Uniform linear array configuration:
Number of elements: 16
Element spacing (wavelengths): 0.25
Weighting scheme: hamming
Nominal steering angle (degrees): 0
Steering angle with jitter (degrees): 0.3661
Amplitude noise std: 0.05
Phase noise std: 0.05

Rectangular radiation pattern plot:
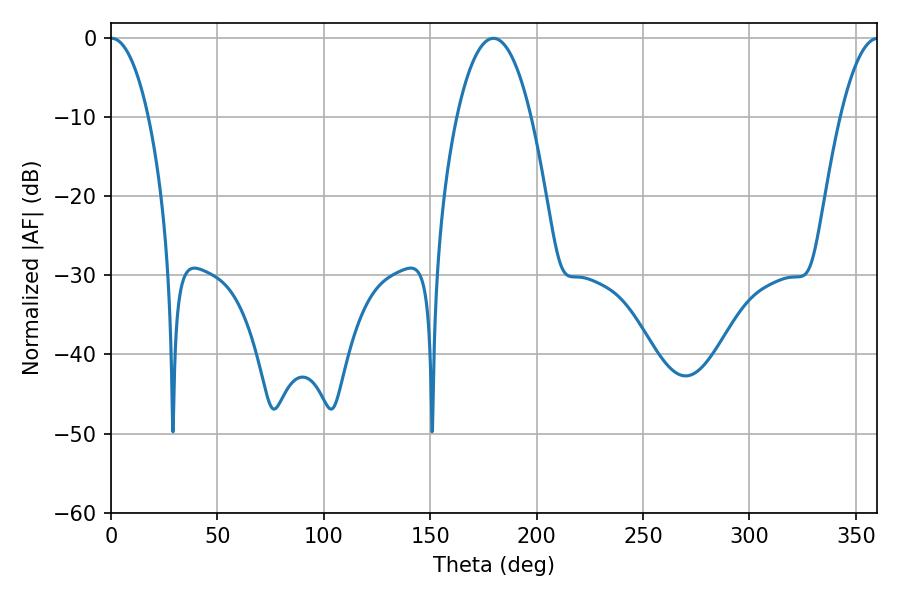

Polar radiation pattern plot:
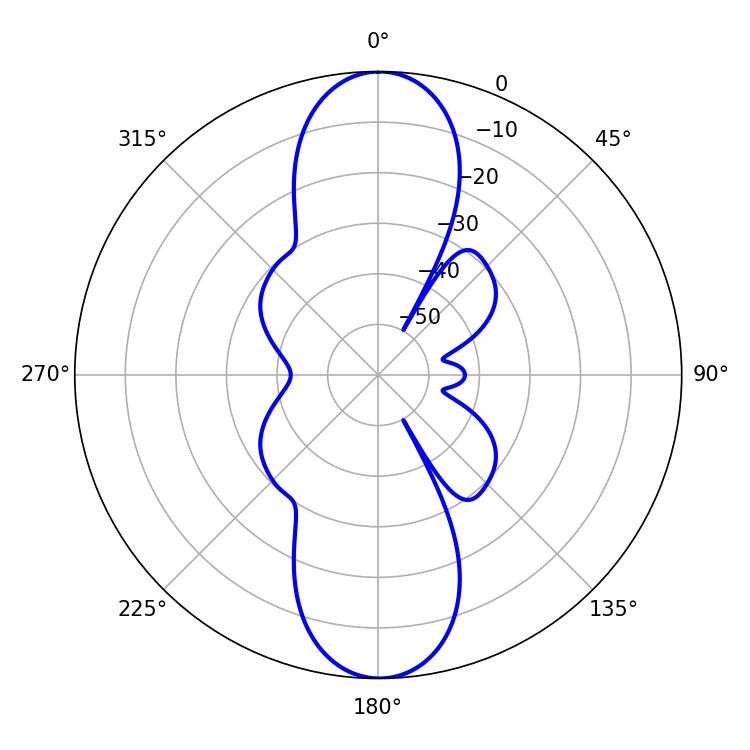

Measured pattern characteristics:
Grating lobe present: FALSE
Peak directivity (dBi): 31.101
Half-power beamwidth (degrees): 9.9
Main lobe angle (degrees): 0.36